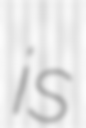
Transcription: is